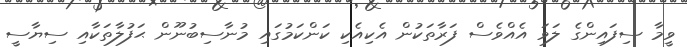
ވީމާ ސިފައިންގެ ލަވަ އެއްވެސް ފަރާތަކުން އެކިއެކި ކަންކަމުގައި މުނާސިބުނޫން ޙަފުލާތަކާއި ސިޔާސީ